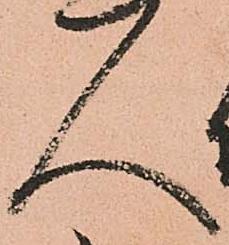
人